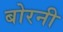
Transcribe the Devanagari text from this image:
बोरनी